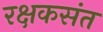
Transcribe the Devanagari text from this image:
रक्षकसंत